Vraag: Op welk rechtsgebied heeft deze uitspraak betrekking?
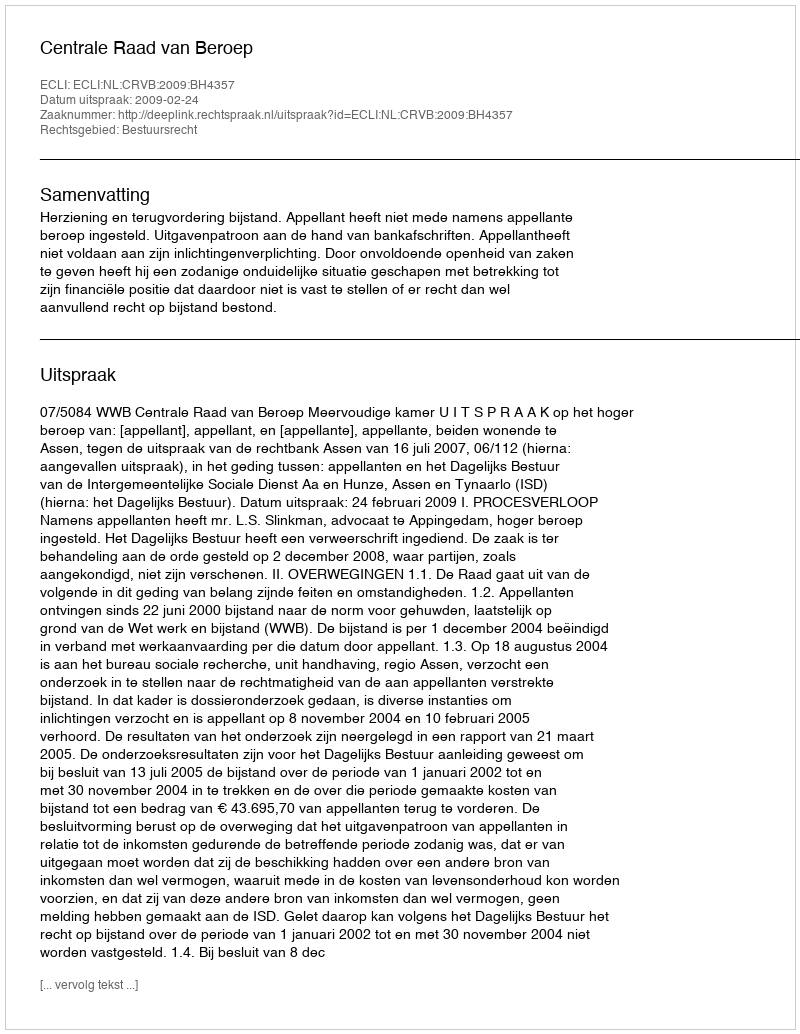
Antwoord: Bestuursrecht